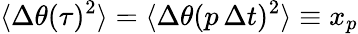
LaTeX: \langle\Delta\theta(\tau)^{2}\rangle=\langle\Delta\theta(p\, \Delta t)^{2}\rangle\equiv x_{p}